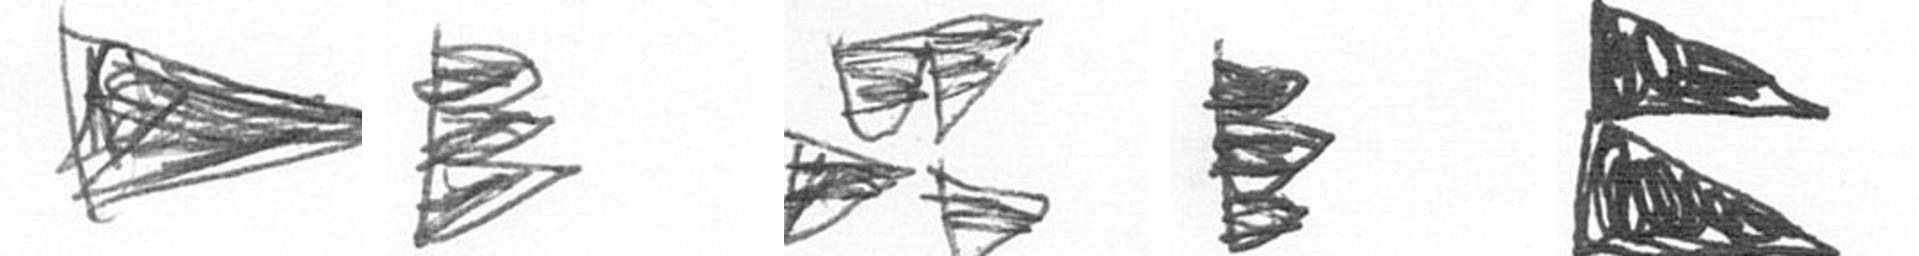
T H B H P